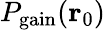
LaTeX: P_{\mathrm{gain}}(\mathbf{r}_{0})